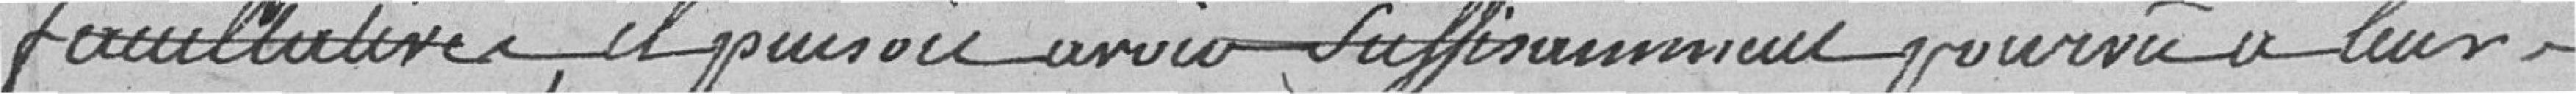
facultative, il faudrait avoir suffisament pourvu à leur